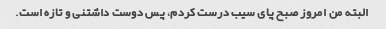
البته من امروز صبح پای سیب درست کردم، پس دوست داشتنی و تازه است.